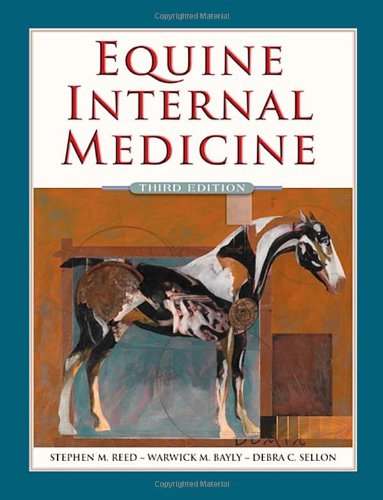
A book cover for Equine Internal Medicine, 3e; Stephen M. Reed DVM  Dip ACVIM; Medical Books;